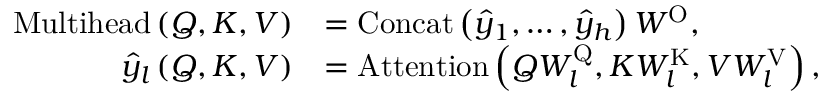
\begin{array} { r l } { \mathrm { M u l t i h e a d } \left( Q , K , V \right) } & { = \mathrm { C o n c a t } \left( \hat { y } _ { 1 } , \dots , \hat { y } _ { h } \right) W ^ { \mathrm { O } } , } \\ { \hat { y } _ { l } \left( Q , K , V \right) } & { = \mathrm { A t t e n t i o n } \left( Q W _ { l } ^ { \mathrm { Q } } , K W _ { l } ^ { \mathrm { K } } , V W _ { l } ^ { \mathrm { V } } \right) , } \end{array}